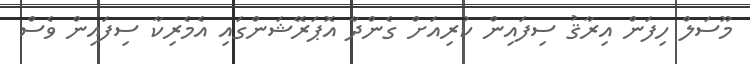
މޫސަލް ހިފަން އިރާޤު ސިފައިން ކުރިއަށް ގެންދާ އޮޕަރޭޝަންގައި އެމެރިކާ ސިފައިން ވެސް